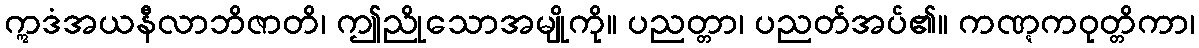
ဣဒံအယနီလာဘိဇာတိ၊ ဤညိုသောအမျိုကို။ ပညတ္တာ၊ ပညတ်အပ်၏။ ကဏ္ဋကဝုတ္တိကာ၊